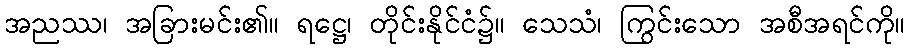
အညဿ၊ အခြားမင်း၏။ ရဋ္ဌေ၊ တိုင်းနိုင်ငံ၌။ သေသံ၊ ကြွင်းသော အစီအရင်ကို။